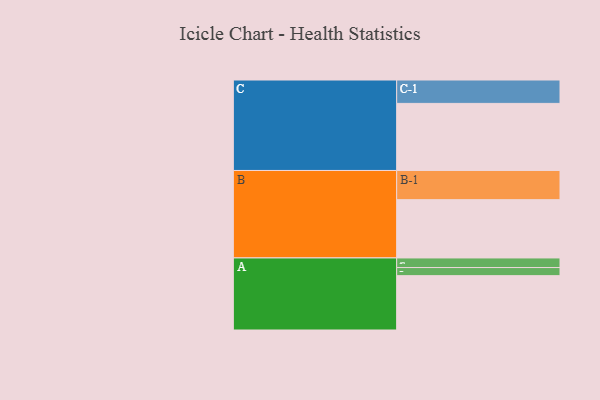
{"axis": {"x": "Segment", "y": "Value"}, "legend": ["", "A", "B", "C"], "data": [{"x": "A", "y": 469, "type": ""}, {"x": "B", "y": 503, "type": ""}, {"x": "C", "y": 579, "type": ""}, {"x": "A-1", "y": 83, "type": "A"}, {"x": "A-2", "y": 70, "type": "A"}, {"x": "B-1", "y": 252, "type": "B"}, {"x": "C-1", "y": 202, "type": "C"}]}